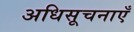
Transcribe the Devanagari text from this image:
अधिसूचनाएँ